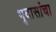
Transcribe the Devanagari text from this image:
भूदासांचा